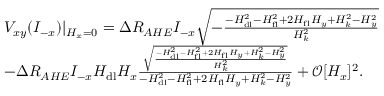
\begin{array} { r l } & { V _ { x y } ( I _ { - x } ) \lvert { _ { H _ { x } = 0 } } = \Delta R _ { A H E } I _ { - x } \sqrt { - \frac { - H _ { \mathrm { d l } } ^ { 2 } - H _ { \mathrm { f l } } ^ { 2 } + 2 H _ { \mathrm { f l } } H _ { y } + H _ { k } ^ { 2 } - H _ { y } ^ { 2 } } { H _ { k } ^ { 2 } } } } \\ & { - \Delta R _ { A H E } I _ { - x } H _ { \mathrm { d l } } H _ { x } \frac { \sqrt { \frac { - H _ { \mathrm { d l } } ^ { 2 } - H _ { \mathrm { f l } } ^ { 2 } + 2 H _ { \mathrm { f l } } H _ { y } + H _ { k } ^ { 2 } - H _ { y } ^ { 2 } } { H _ { k } ^ { 2 } } } } { - H _ { \mathrm { d l } } ^ { 2 } - H _ { \mathrm { f l } } ^ { 2 } + 2 H _ { \mathrm { f l } } H _ { y } + H _ { k } ^ { 2 } - H _ { y } ^ { 2 } } + \mathcal { O } [ H _ { x } ] ^ { 2 } . } \end{array}